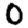
Digit: 0